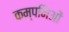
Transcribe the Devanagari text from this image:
कम्पनिओं